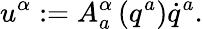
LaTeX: u^{\alpha}:=A_{a}^{\alpha}\left(q^{a}\right)\dot{q}^{a}.